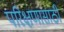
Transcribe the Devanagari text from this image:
परिक्षणासाठी